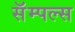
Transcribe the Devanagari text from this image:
सॅम्पल्स